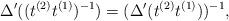
LaTeX: \begin{align*}\Delta'((t^{(2)} t^{(1)})^{-1})=(\Delta'(t^{(2)} t^{(1)}))^{-1},\end{align*}